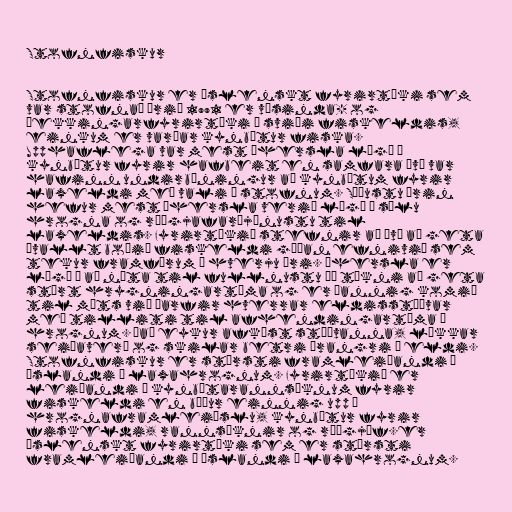
Stofnfiskur

Stofnfiskur er íslenskt fyrirtæki sem
var stofnað árið 1991 er vísinda- og
þekkingarfyrirtæki á sviði fiskeldis,
einkum er varðar kynbætur fiska.
Upphaflega var mest áhersla lögð á
kynbætur fyrir hafbeit en samfara því var
hafinn undirbúningur að kynbótum fyrir
laxeldi með vali á stofnum. Síðustu árin
hefur mest áhersla verið lögð á sölu
hrogna og ráðgjafarþjónustu til
laxeldis. Fyrirtækið stefnir að því að geta
ávallt boðið fiskeldi góðan efnivið sem
tekur framförum á hverju ári. Áhersla er
lögð á að nýta til fullnustu þá tækni að geta
stýrt hrygningartíma og er þannig komið
til móts við þarfir hverrar eldisstöðvar
með tilliti til afhendingartíma á
hrognum. Það eykur afköst stöðvanna, lækkar
seiðaverð og skilar betri árangri í eldi.
Stofnfiskur er stærsti framleiðandi á
Íslandi á laxahrognum. Fyrirtækið er
leiðandi í kynbótarannsóknum fyrir
fiskeldi en býður einnig upp á
hrognaframleiðslu, kynbætur fyrir
fiskeldi, rannsóknir og ráðgjöf.er
íslenskt fyrirtæki sem er stærsti
framleiðandi á Íslandi á laxahrognum.